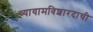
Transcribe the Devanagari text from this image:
व्यायामविशारदाची